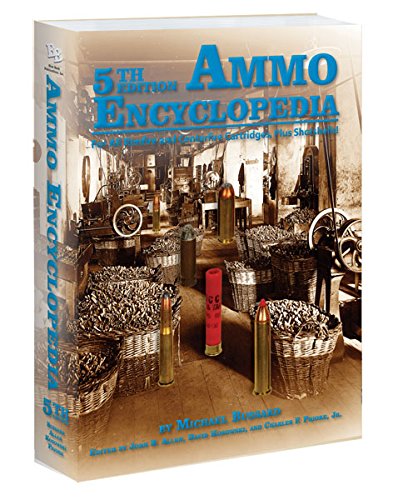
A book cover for Ammo Encyclopedia; 5th Edition; Michael Bussard; Crafts, Hobbies & Home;